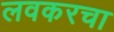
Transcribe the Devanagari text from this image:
लवकरचा